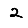
Digit: 2